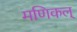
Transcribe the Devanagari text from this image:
मणिकल्